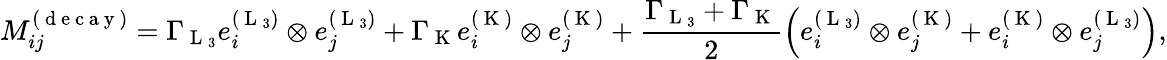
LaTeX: M_{ij}^{(\mathrm{~d~e~c~a~y~})}=\Gamma_{\mathrm{~L~}_{3}}e_{i}^{(\mathrm{~L~}_{3})}\otimes e_{j}^{(\mathrm{~L~}_{3})}+\Gamma_{\mathrm{~K~}}e_{i}^{(\mathrm{~K~})}\otimes e_{j}^{(\mathrm{~K~})}+\frac{\Gamma_{\mathrm{~L~}_{3}}+\Gamma_{\mathrm{~K~}}}{2}\left(e_{i}^{(\mathrm{~L~}_{3})}\otimes e_{j}^{(\mathrm{~K~})}+e_{i}^{(\mathrm{~K~})}\otimes e_{j}^{(\mathrm{~L~}_{3})}\right),